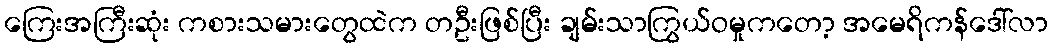
ကြေးအကြီးဆုံး ကစားသမားတွေထဲက တဦးဖြစ်ပြီး ချမ်းသာကြွယ်ဝမှုကတော့ အမေရိကန်ဒေါ်လာ